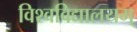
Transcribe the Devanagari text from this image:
विश्वविद्यालयम्‌